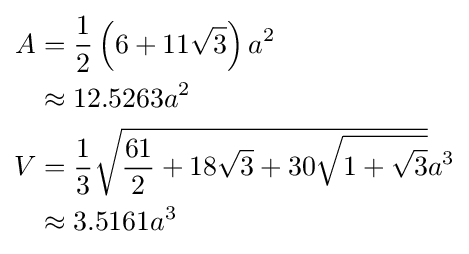
{\begin{aligned}A&={\frac {1}{2}}\left(6+11{\sqrt {3}}\right)a^{2}\\&\approx 12.5263a^{2}\\V&={\frac {1}{3}}{\sqrt {{\frac {61}{2}}+18{\sqrt {3}}+30{\sqrt {1+{\sqrt {3}}}}}}a^{3}\\&\approx 3.5161a^{3}\end{aligned}}